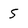
Character: 5